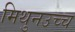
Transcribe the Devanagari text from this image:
मिथुनउच्च